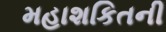
મહાશકિતની